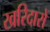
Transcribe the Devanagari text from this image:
खरिदारों